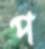
প